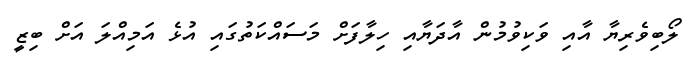
ލޯބިވެރިޔާ އާއި ވަކިވުމުން އާދަޔާއި ހިލާފަށް މަސައްކަތުގައި އުޅެ އަމިއްލަ އަށް ބިޒީ